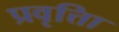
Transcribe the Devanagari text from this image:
प्रवृत्तिा